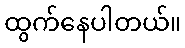
ထွက်နေပါတယ်။